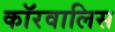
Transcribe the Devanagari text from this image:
कॉरवालिस